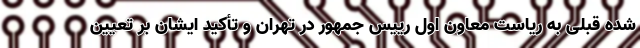
شده قبلی به ریاست معاون اول رییس جمهور در تهران و تأکید ایشان بر تعیین